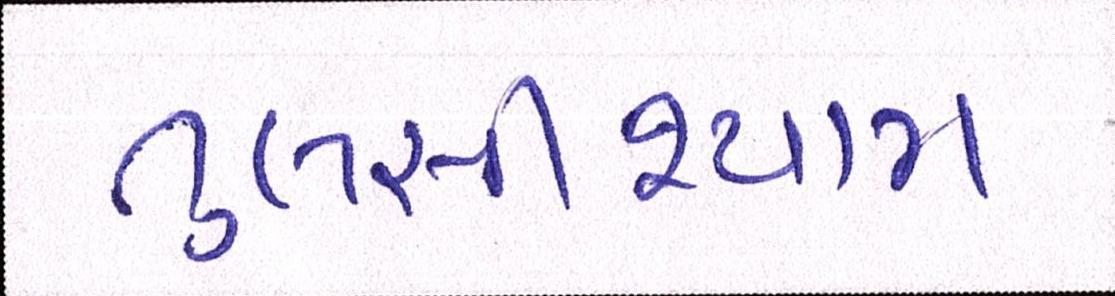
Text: તુલસીશ્યામ